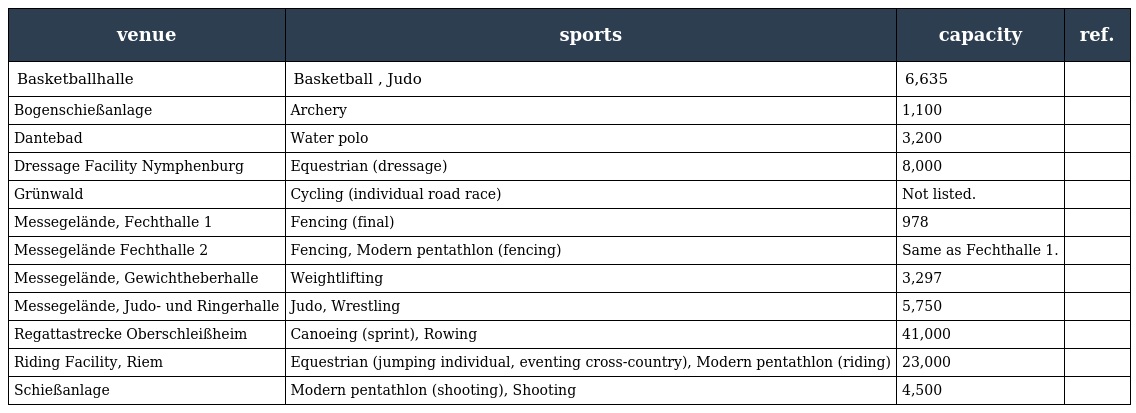
| venue | sports | capacity | ref. |
 | --- | --- | --- | --- |
 | Basketballhalle | Basketball , Judo | 6,635 |  |
 | Bogenschießanlage | Archery | 1,100 |  |
 | Dantebad | Water polo | 3,200 |  |
 | Dressage Facility Nymphenburg | Equestrian (dressage) | 8,000 |  |
 | Grünwald | Cycling (individual road race) | Not listed. |  |
 | Messegelände, Fechthalle 1 | Fencing (final) | 978 |  |
 | Messegelände Fechthalle 2 | Fencing, Modern pentathlon (fencing) | Same as Fechthalle 1. |  |
 | Messegelände, Gewichtheberhalle | Weightlifting | 3,297 |  |
 | Messegelände, Judo- und Ringerhalle | Judo, Wrestling | 5,750 |  |
 | Regattastrecke Oberschleißheim | Canoeing (sprint), Rowing | 41,000 |  |
 | Riding Facility, Riem | Equestrian (jumping individual, eventing cross-country), Modern pentathlon (riding) | 23,000 |  |
 | Schießanlage | Modern pentathlon (shooting), Shooting | 4,500 |  |